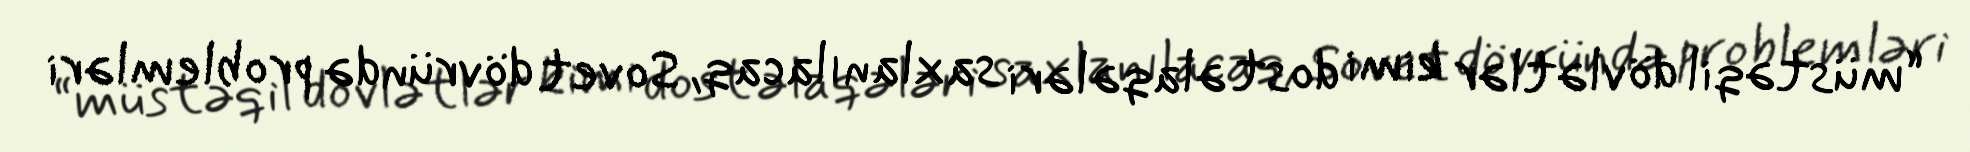
“müstəqil dövlətlər kimi dost əlaqələri saxlanılacaq, Sovet dövründə problemləri